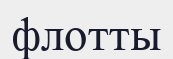
флотты